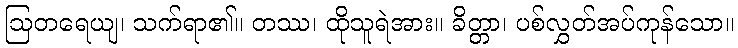
ဩတရေယျ၊ သက်ရာ၏။ တဿ၊ ထိုသူရဲအား။ ခိတ္တာ၊ ပစ်လွှတ်အပ်ကုန်သော။